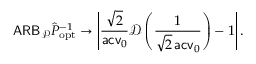
\mathsf { A R B } _ { \mathcal P } \hat { P } _ { \mathrm { o p t } } ^ { - 1 } \to \left| \frac { \sqrt 2 } { \mathsf { a c v } _ { 0 } } \mathcal D \left( \frac { 1 } { \sqrt 2 \, \mathsf { a c v } _ { 0 } } \right) - 1 \right| .